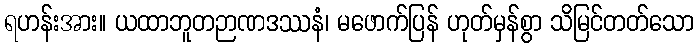
ရဟန်းအား။ ယထာဘူတဉာဏဒဿနံ၊ မဖောက်ပြန် ဟုတ်မှန်စွာ သိမြင်တတ်သော